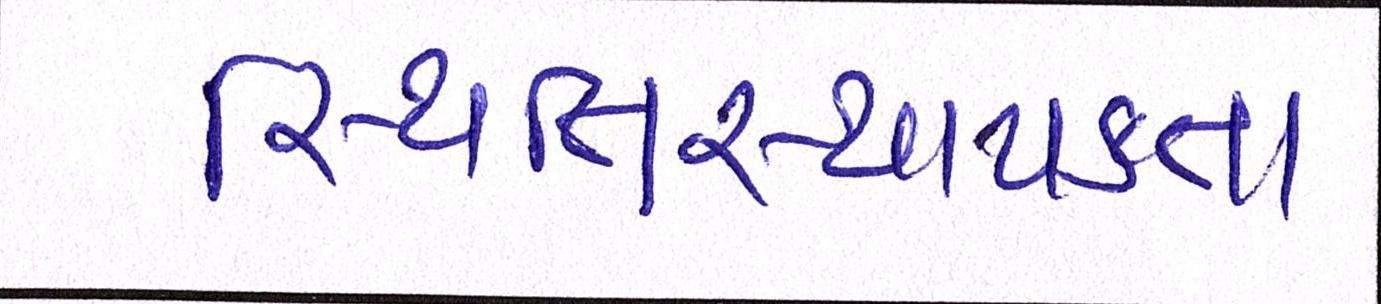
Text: સ્થિતિસ્થાપકતા